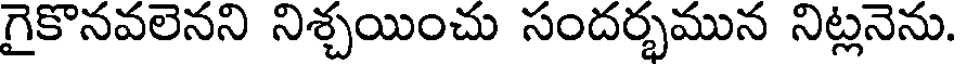
గైకొనవలెనని నిశ్చయించు సందర్భమున నిట్లనెను.